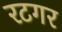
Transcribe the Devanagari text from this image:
रटगर